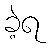
ခဲ့ရ